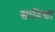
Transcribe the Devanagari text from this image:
सादिद्या